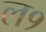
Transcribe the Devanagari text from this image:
ल१